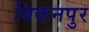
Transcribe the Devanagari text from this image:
बिकनपुर